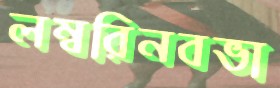
লম্বরিনবভা